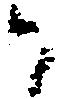
か